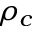
\rho _ { c }